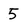
Character: 5